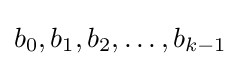
b_{0},b_{1},b_{2},\dots ,b_{k-1}